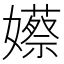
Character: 𡣮